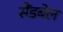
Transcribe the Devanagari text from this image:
सैंडबेल